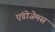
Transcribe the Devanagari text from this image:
एंडोजेमस